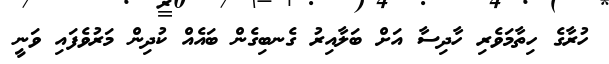
ހުރާގެ ހިތާމަވެރި ހާދިސާ އަށް ބަލާއިރު ގެނބިގެން ބައެއް ކުދިން މަރުވެފައި ވަނީ